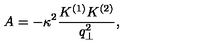
A = - \kappa ^ { 2 } \frac { K ^ { ( 1 ) } K ^ { ( 2 ) } } { q _ { \perp } ^ { 2 } } ,